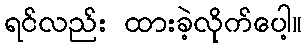
ရင်လည်း ထားခဲ့လိုက်ပေါ့။